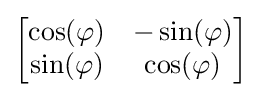
{\begin{bmatrix}\cos(\varphi )&-\sin(\varphi )\\\sin(\varphi )&\cos(\varphi )\end{bmatrix}}